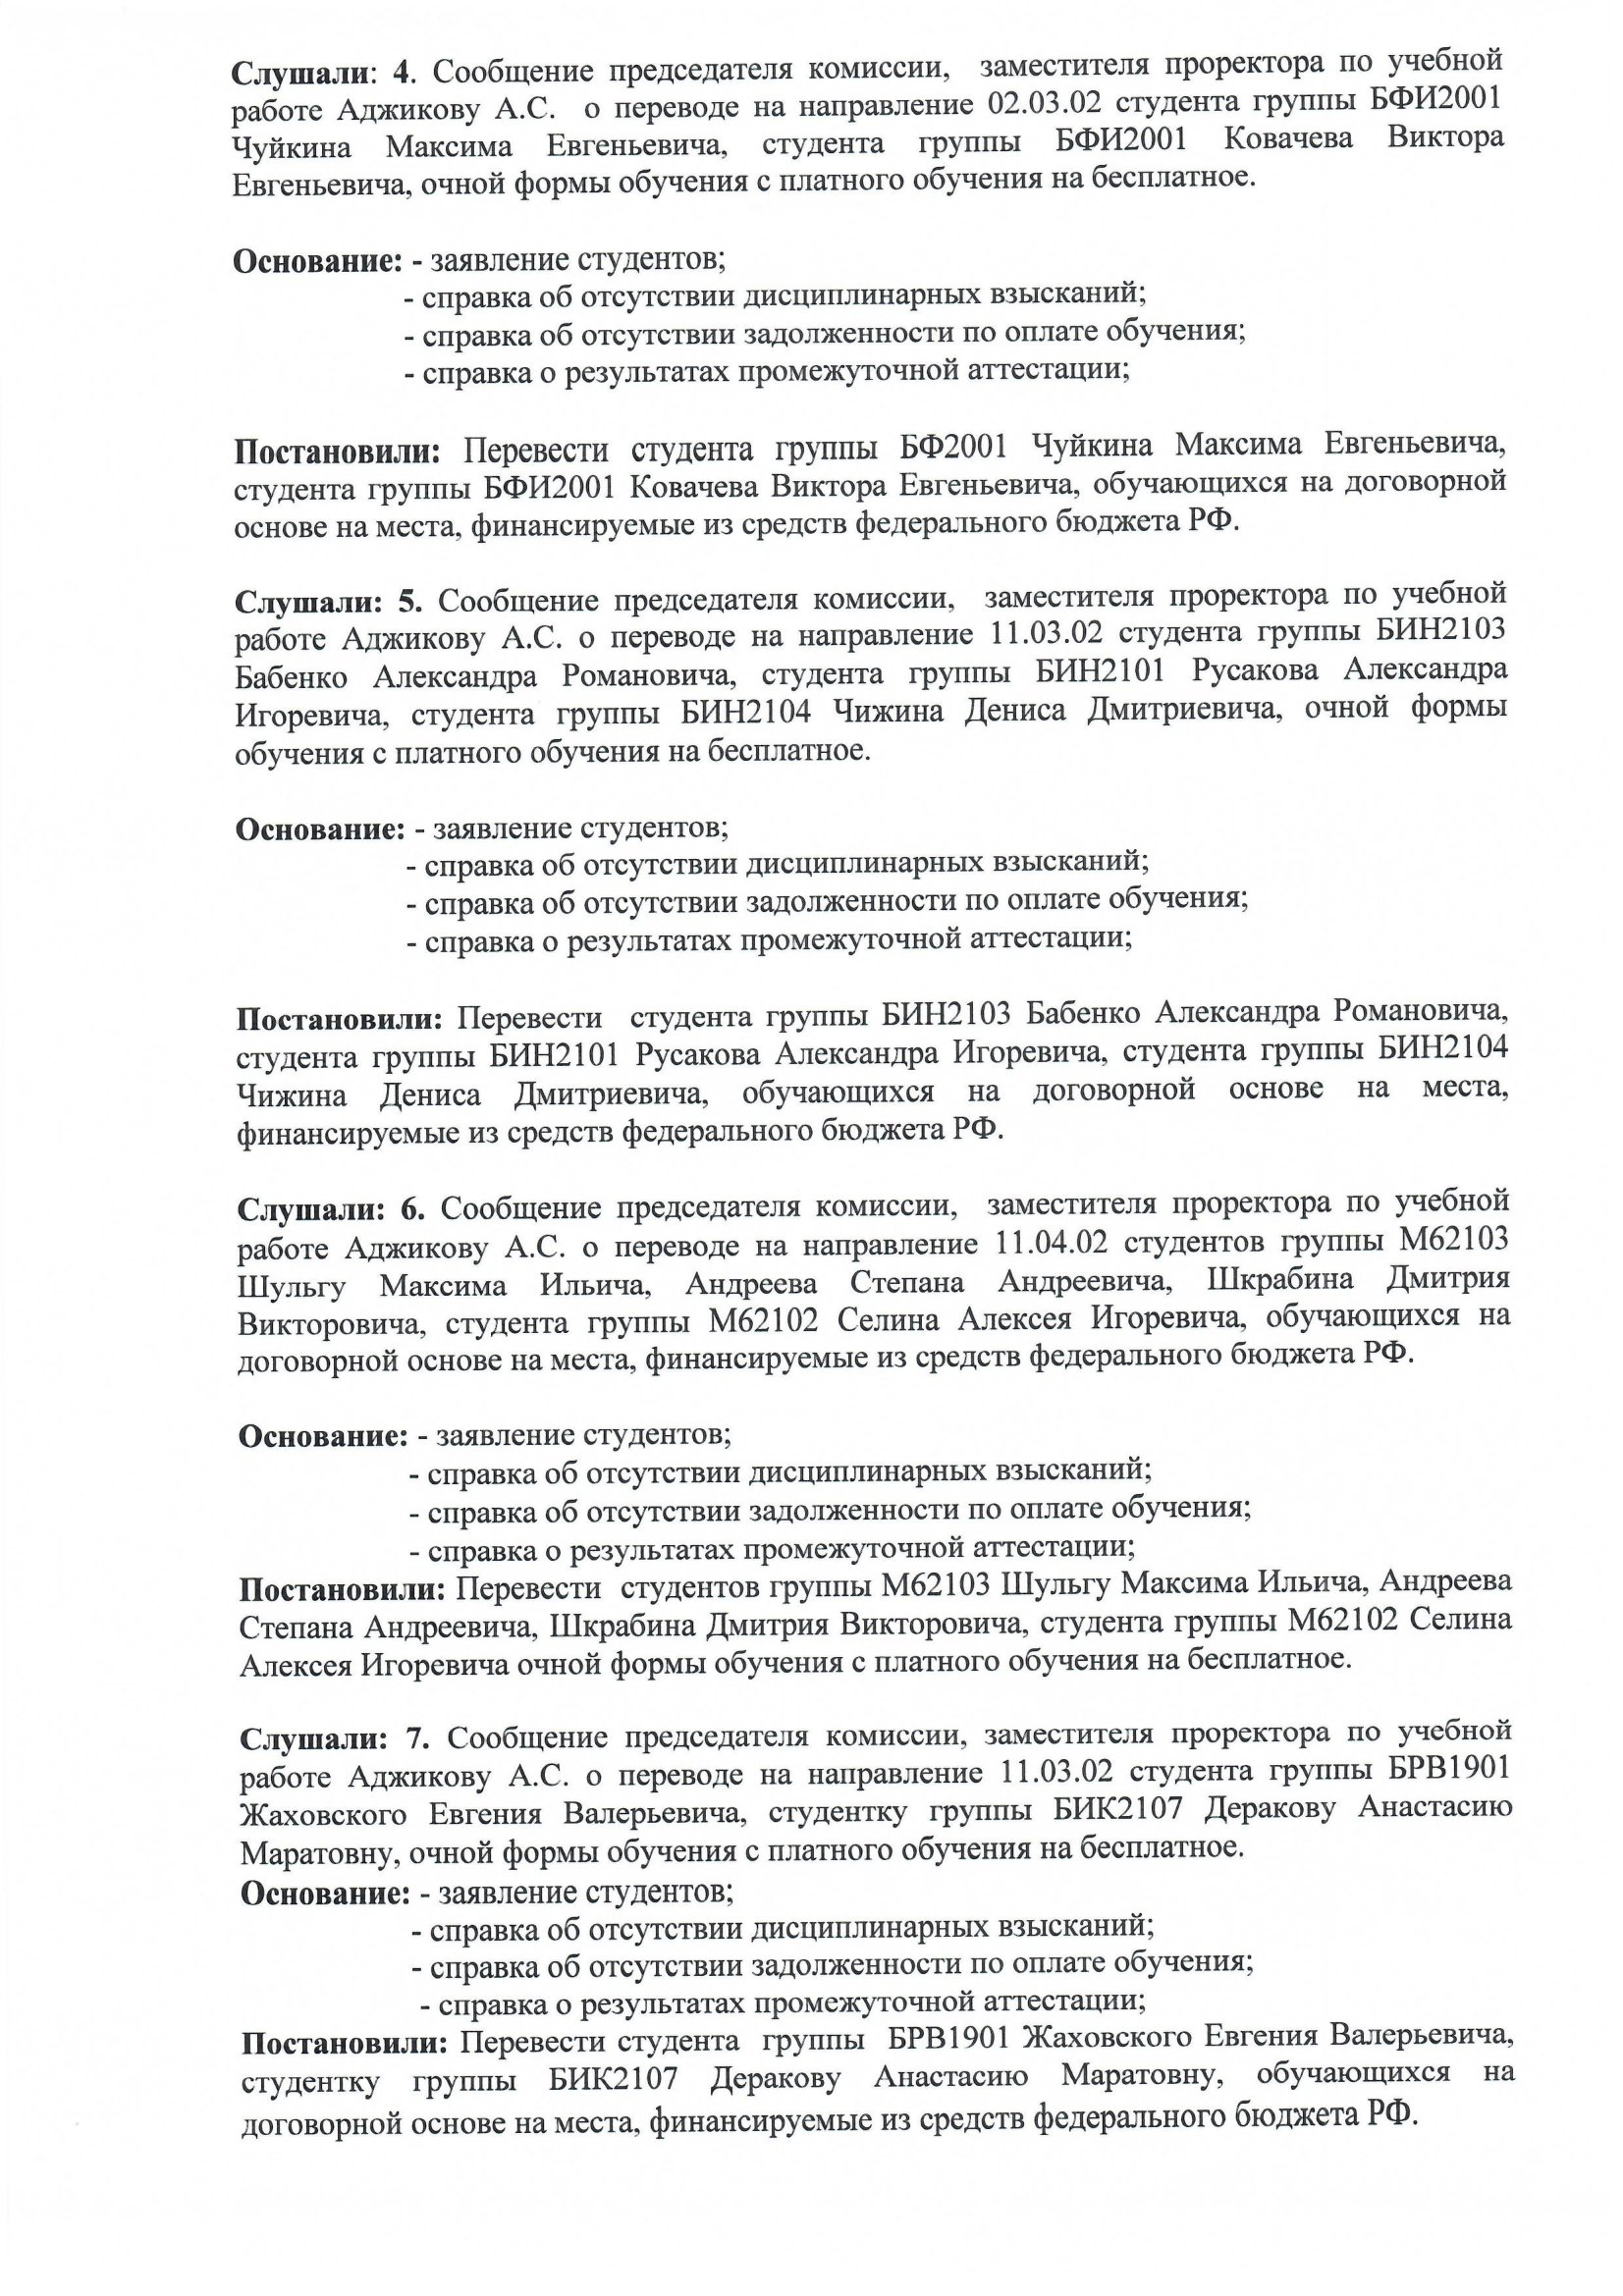
Language: ru